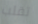
تقلب